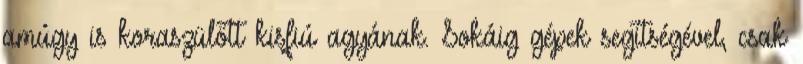
amúgy is koraszülött kisfiú agyának. Sokáig gépek segítségével, csak